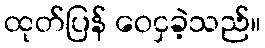
ထုတ်ပြန် ဝေငှခဲ့သည်။